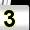
Digit: 3